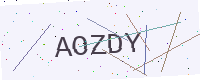
Text: AOZDY